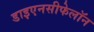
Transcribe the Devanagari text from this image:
डाइएनसीफेलॉन